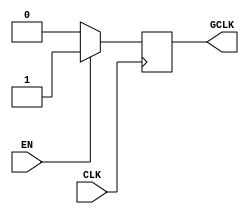
module dynamic_clock_gating (
    input wire CLK,        // Primary clock signal
    input wire EN,         // Enable signal indicating memory block usage
    output reg GCLK        // Gated clock signal for memory block
);

// Internal signal to control clock gating
reg clk_state;

// Always block to determine the GCLK based on the enable signal
always @(posedge CLK) begin
    if (EN) begin
        GCLK <= 1'b1; // Enable GCLK when memory block is active
    end else begin
        GCLK <= 1'b0; // Disable GCLK when memory block is idle
    end
end

endmodule